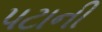
પટાની